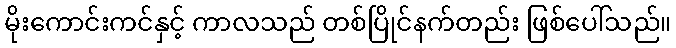
မိုးကောင်းကင်နှင့် ကာလသည် တစ်ပြိုင်နက်တည်း ဖြစ်ပေါ်သည်။